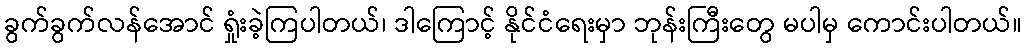
ခွက်ခွက်လန်အောင် ရှုံးခဲ့ကြပါတယ်၊ ဒါကြောင့် နိုင်ငံရေးမှာ ဘုန်းကြီးတွေ မပါမှ ကောင်းပါတယ်။